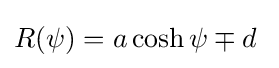
R(\psi )=a\cosh \psi \mp d\